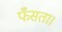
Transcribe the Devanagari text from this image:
फँसता।